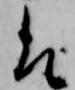
そ